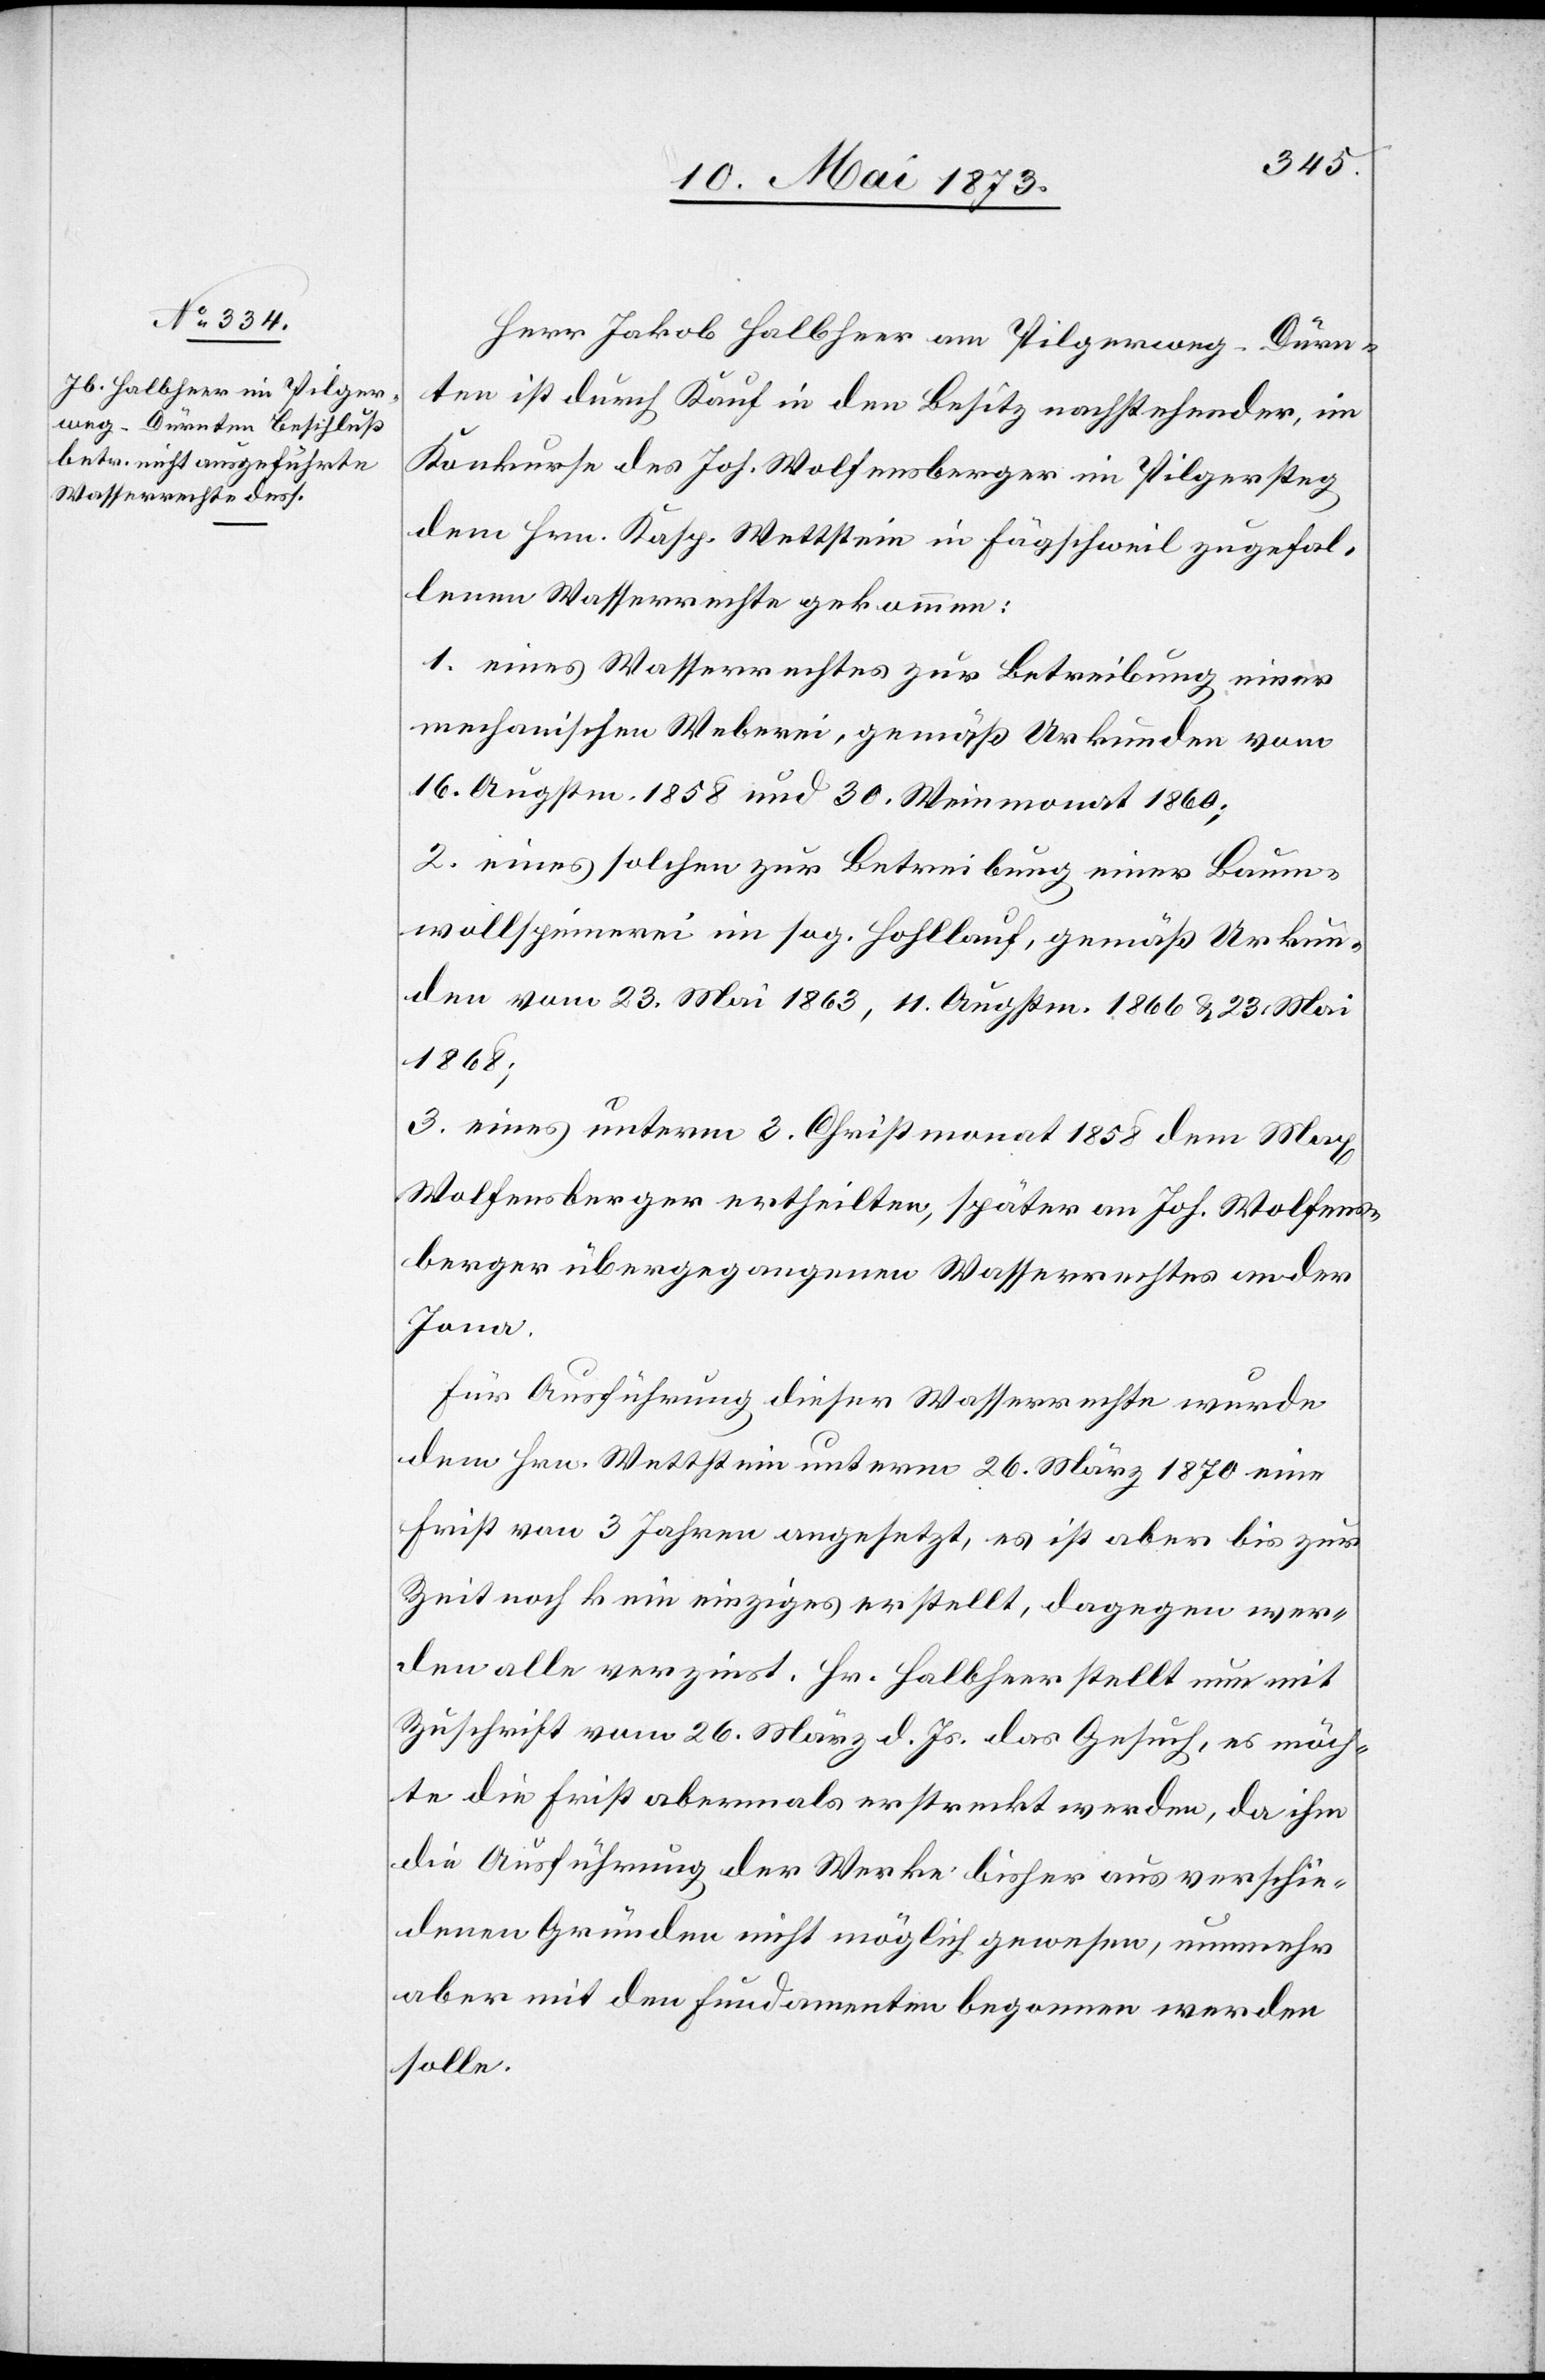
Herr Jakob Halbheer am Pilgerweg-Dürn¬
ten ist durch Kauf in den Besitz nachstehender, im
Konkurse des Joh. Wolfensberger im Pilgersteg
dem Hrn. Kasp. Wettstein in Fägschweil zugefal¬
lenen Wasserrechte gekommen:
1. eines Wasserrechtes zur Betreibung einer
mechanischen Weberei, gemäß Urkunde vom
16. Augstm. 1858 und 30. Weinmonat 1860;
2. eines solchen zur Betreibung einer Baum¬
wollspinnerei im sog. Hohllauf, gemäß Urkun¬
den vom 23. Mai 1863, 11. Augstm. 1866 & 23. Mai
1868;
3. eines unterm 3. Christmonat 1858 dem Max
Wolfensberger ertheilten, später an Joh. Wolfens¬
berger übergegangenen Wasserrechtes an der
Jona.
Für Ausführung dieser Wasserrechte wurde
dem Hrn. Wettstein unterm 26. März 1870 eine
Frist von 3 Jahren angesetzt, es ist aber bis zur
Zeit noch kein einziges erstellt, dagegen wer¬
den alle verzinst. Hr. Halbheer stellt nun mit
Zuschrift vom 26. März d. Js. das Gesuch, es möch¬
te die Frist abermals erstreckt werden, da ihm
die Ausführung der Werke bisher aus verschie¬
denen Gründen nicht möglich gewesen, nunmehr
aber mit den Fundamenten begonnen werden
solle.